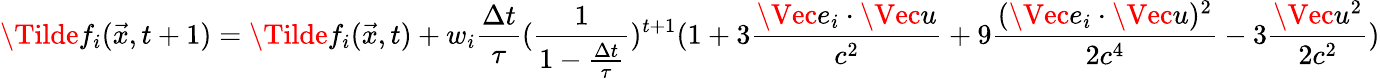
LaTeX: \Tilde{f}_{i}(\vec{x},t+1)=\Tilde{f}_{i}(\vec{x},t)+w_{i}\frac{\Delta t}{\tau}(\frac{1}{1-\frac{\Delta t}{\tau}})^{t+1}(1+3\frac{\Vec{e}_{i}\cdot\Vec{u}}{c^{2}}+9\frac{(\Vec{e}_{i}\cdot\Vec{u})^{2}}{2c^{4}}-3\frac{\Vec{u}^{2}}{2c^{2}})